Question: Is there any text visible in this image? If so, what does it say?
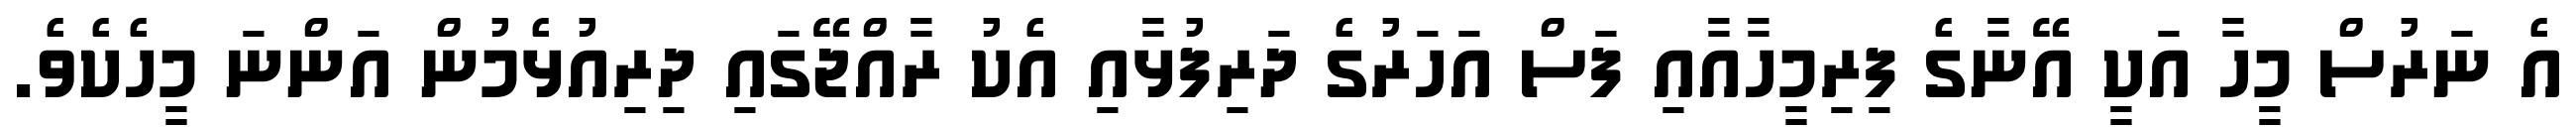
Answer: އެ ނަރުސް މީހާ އަކީ އޭނާގެ ފިރިމީހާއާއި ފަސް އަހަރުގެ ދަރިފުޅާއި އެކު ރާއްޖޭގައި ދިރިއުޅެމުން އަންނަ މީހެކެވެ.